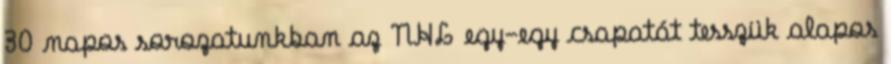
30 napos sorozatunkban az NHL egy-egy csapatát tesszük alapos